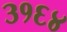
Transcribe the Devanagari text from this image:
३१६४